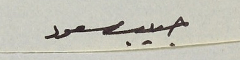
حبيب مسعود